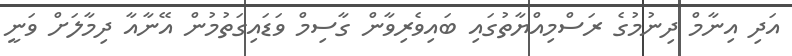
އަދި އިނާމް ދިނުމުގެ ރަސްމިއްޔާތުގައި ބައިވެރިވާން ގާސިމް ވަޑައިގަތުމުން އޭނާއާ ދިމާލަށް ވަނީ